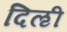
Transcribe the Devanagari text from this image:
दिऌी